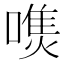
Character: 𰈭